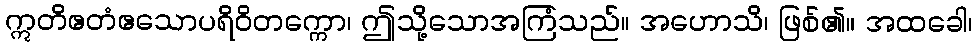
ဣတိဧတံဧသောပရိဝိတက္ကော၊ ဤသို့သောအကြံသည်။ အဟောသိ၊ ဖြစ်၏။ အထခေါ၊